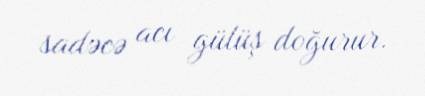
sadəcə acı gülüş doğurur.